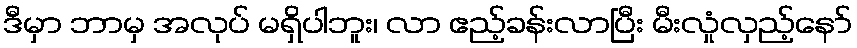
ဒီမှာ ဘာမှ အလုပ် မရှိပါဘူး၊ လာ ဧည့်ခန်းလာပြီး မီးလှုံလှည့်နော်